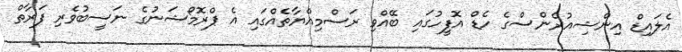
އެލައިޑް އިންޝިއުރެންސްގެ ހެޑް އޮފީހުގައި ބޭއްވި ރަސްމިއްޔާތެއްގައި އެ ޕްރޮމޯޝަނުގެ ނަސީބުވެރި ފަރާތް